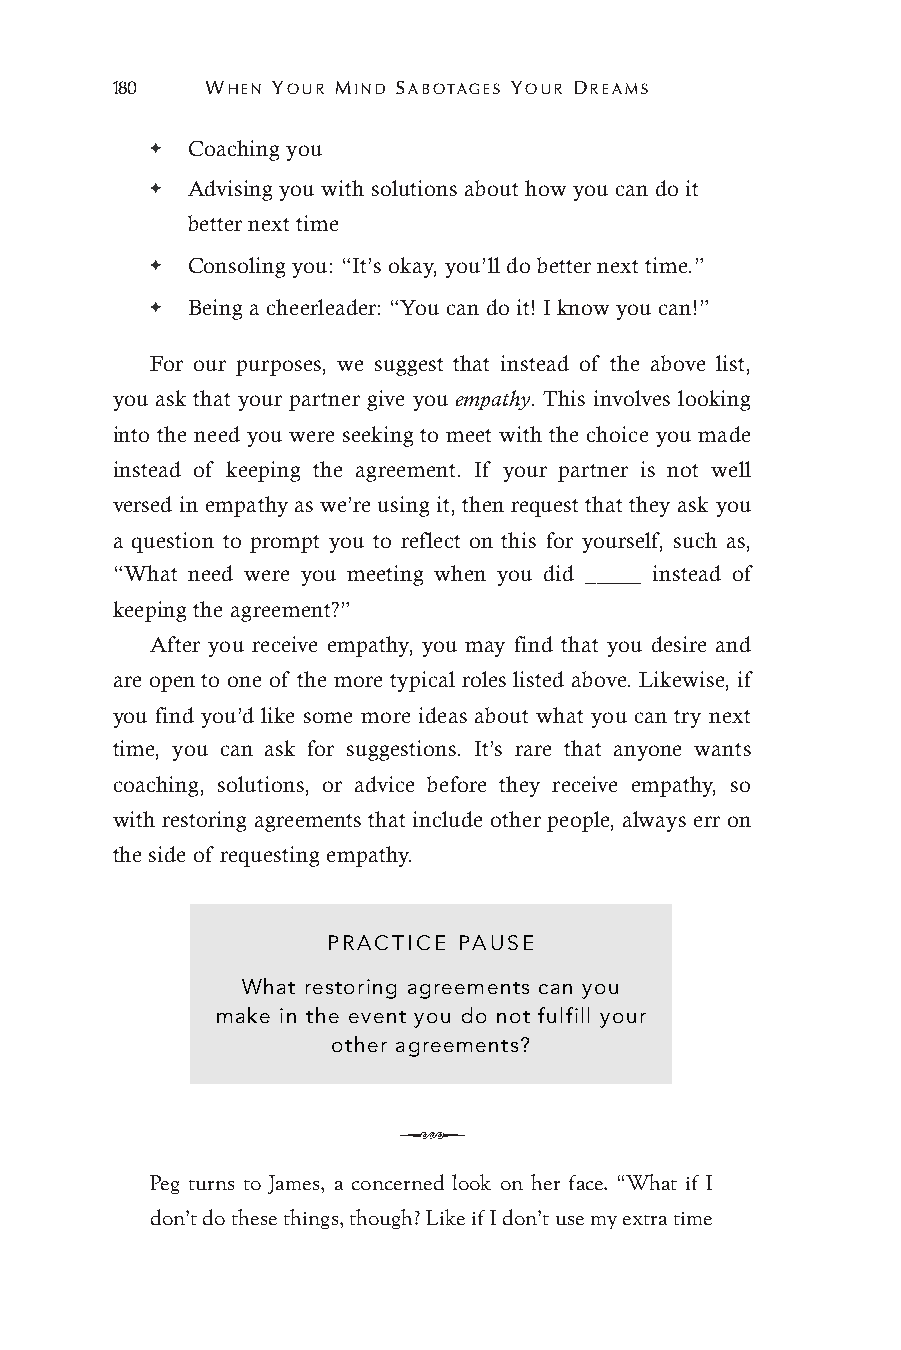
180    WHEN YOUR MIND SABOTAGES YOUR DREAMS
 ✦ Coaching you
 ✦ Advising you with solutions about how you can do it
 better next time
 ✦ Consoling you: “It’s okay, you’ll do better next time.”
 ✦ Being a cheerleader: “You can do it! I know you can!”
 For our purposes, we suggest that instead of the above list,
 you ask that your partner give you empathy. This involves looking
 into the need you were seeking to meet with the choice you made
 instead of keeping the agreement. If your partner is not well
 versed in empathy as we’re using it, then request that they ask you
 a question to prompt you to reflect on this for yourself, such as,
 “What need were you meeting when you did _____ instead of
 keeping the agreement?”
 After you receive empathy, you may find that you desire and
 are open to one of the more typical roles listed above. Likewise, if
 you find you’d like some more ideas about what you can try next
 time, you can ask for suggestions. It’s rare that anyone wants
 coaching, solutions, or advice before they receive empathy, so
 with restoring agreements that include other people, always err on
 the side of requesting empathy.
 PRACTICE PAUSE
 What restoring agreements can you
 make in the event you do not fulfill your
 other agreements?
 Q
 Peg turns to James, a concerned look on her face. “What if I
 don’t do these things, though? Like if I don’t use my extra time